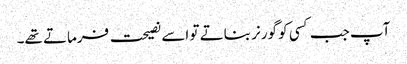
آپ جب کسی کو گورنر بناتے تو اسے نصیحت فرماتے تھے۔